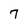
Character: 7